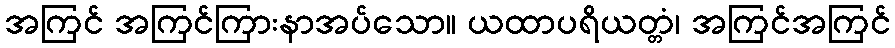
အကြင် အကြင်ကြားနာအပ်သော။ ယထာပရိယတ္တံ၊ အကြင်အကြင်